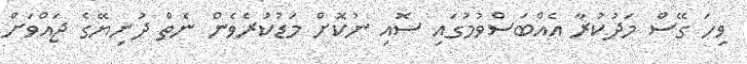
ވިހަ ގޭސް މަދުކުރާ އެއްބަސްވުމުގައި ސޮއި ނުކޮށް މަޑުކުރެވެން ނެތް ދުނިޔޭގެ ޖައްވަށް